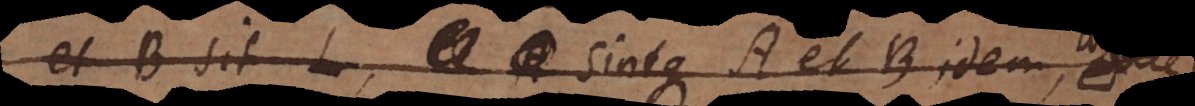
B sit L, sintque A et B idem,